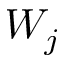
W _ { j }